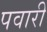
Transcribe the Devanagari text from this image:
पवारी